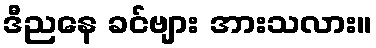
ဒီညနေ ခင်ဗျား အားသလား။